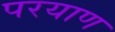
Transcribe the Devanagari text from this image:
परयाण